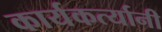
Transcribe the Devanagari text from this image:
कार्यकर्त्‍यानी